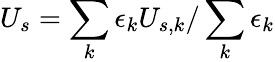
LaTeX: U_{s}=\sum_{k}\epsilon_{k}U_{s,k}/\sum_{k}\epsilon_{k}